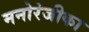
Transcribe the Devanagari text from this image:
मनोरंजीका